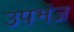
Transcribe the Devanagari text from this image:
उपभंज